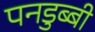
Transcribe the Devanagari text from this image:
पनडुब्‍बी